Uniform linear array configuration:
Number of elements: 16
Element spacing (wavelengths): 0.5
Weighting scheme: blackman
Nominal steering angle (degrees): -15
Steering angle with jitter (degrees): -15.124
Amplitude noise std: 0.05
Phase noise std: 0.05

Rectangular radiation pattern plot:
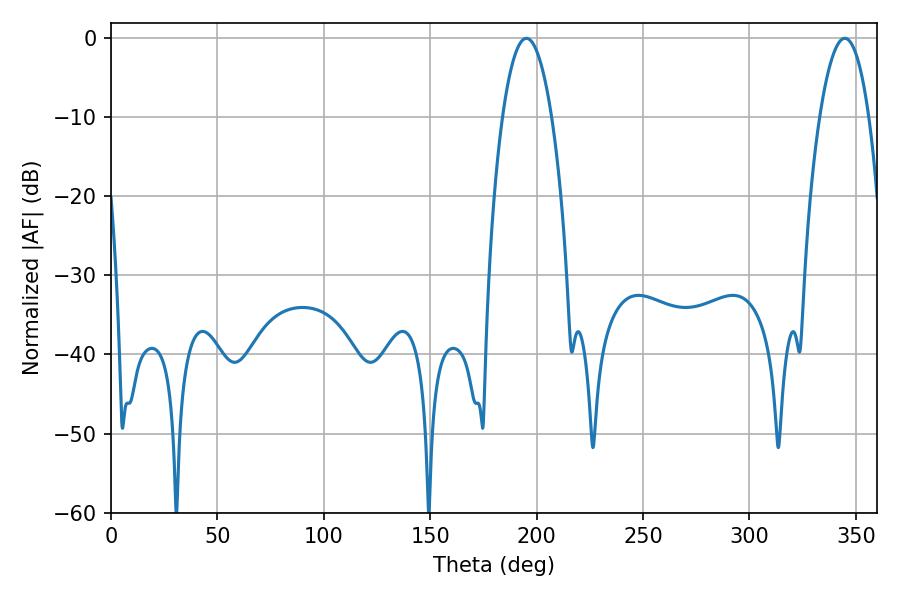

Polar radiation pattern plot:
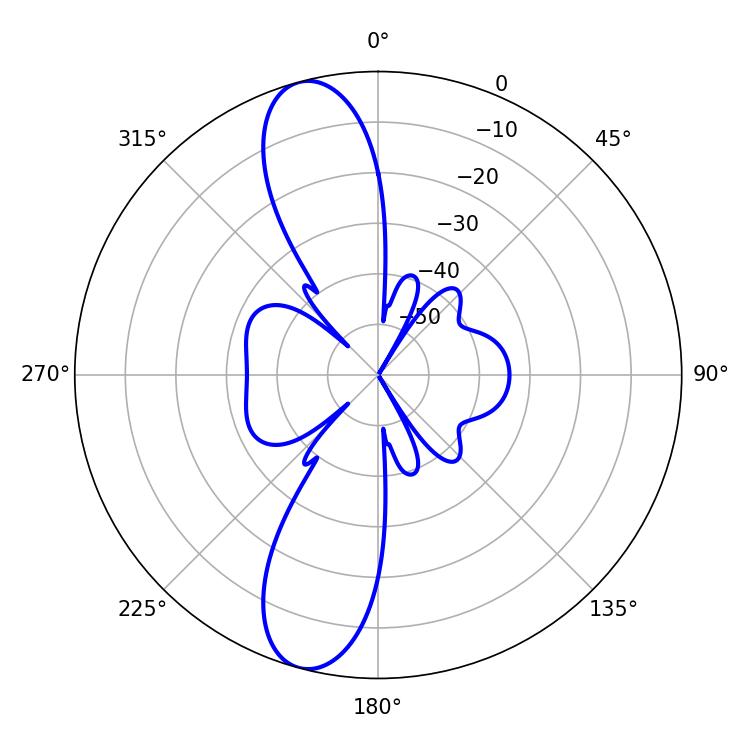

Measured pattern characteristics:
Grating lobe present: FALSE
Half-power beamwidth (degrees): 12.78
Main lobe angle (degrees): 195.12